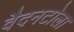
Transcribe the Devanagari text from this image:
वैदनटोला